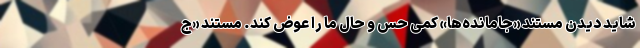
شاید دیدن مستند «جامانده‌ها» کمی حس و حال ما را عوض کند. مستند «ج